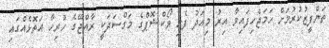
ތަންފީޒުކުރުމަށް ހަމަޖެހިފައިވާ އިރު މިއަދު ފެށި ވޯކްޝޮޕްގެ މަގްސަދަކީ ރާއްޖޭގެ ހުރިހާ އަތޮޅެއްގައި